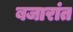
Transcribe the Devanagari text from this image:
बजारांत